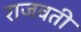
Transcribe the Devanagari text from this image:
राजवती